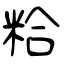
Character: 粭